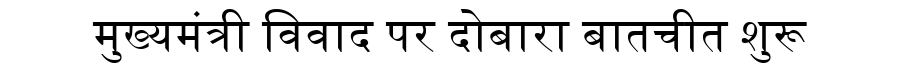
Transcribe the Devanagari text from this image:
मुख्यमंत्री विवाद पर दोबारा बातचीत शुरू